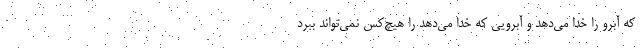
که آبرو را خدا می‌دهد و آبرویی که خدا می‌دهد را هیچ‌کس نمی‌تواند ببرد